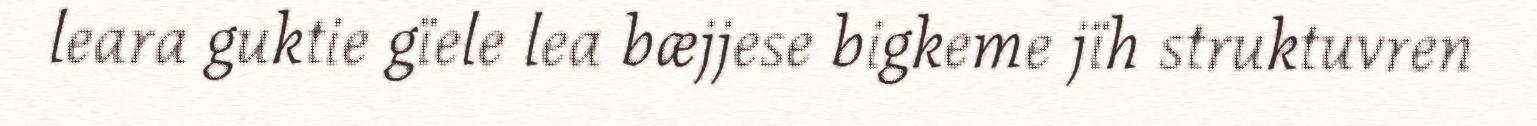
leara guktie gïele lea bæjjese bigkeme jïh struktuvren